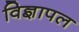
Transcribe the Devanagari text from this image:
विज्ञापल